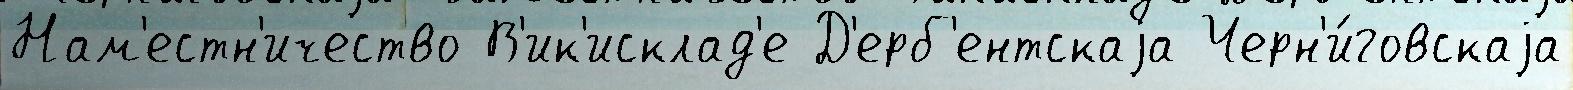
Нам'естн'ичество В'ик'исклад'е Д'ерб'ентскаjа Черн'и́говскаjа